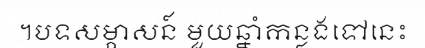
។បទសម្ភាសន៍ មួយឆ្នាំកន្លងទៅនេះ